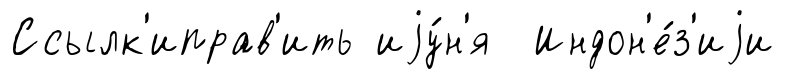
Ссылк'иправ'ить иjу́н'я Индон'е́з'иjи